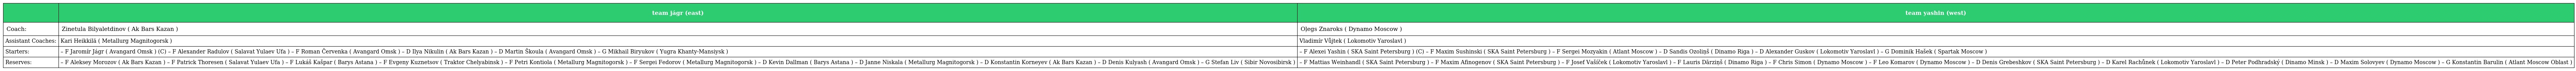
|  | team jágr (east) | team yashin (west) |
 | --- | --- | --- |
 | Coach: | Zinetula Bilyaletdinov ( Ak Bars Kazan ) | Oļegs Znaroks ( Dynamo Moscow ) |
 | Assistant Coaches: | Kari Heikkilä ( Metallurg Magnitogorsk ) | Vladimír Vůjtek ( Lokomotiv Yaroslavl ) |
 | Starters: | – F Jaromír Jágr ( Avangard Omsk ) (C) – F Alexander Radulov ( Salavat Yulaev Ufa ) – F Roman Červenka ( Avangard Omsk ) – D Ilya Nikulin ( Ak Bars Kazan ) – D Martin Škoula ( Avangard Omsk ) – G Mikhail Biryukov ( Yugra Khanty-Mansiysk ) | – F Alexei Yashin ( SKA Saint Petersburg ) (C) – F Maxim Sushinski ( SKA Saint Petersburg ) – F Sergei Mozyakin ( Atlant Moscow ) – D Sandis Ozoliņš ( Dinamo Riga ) – D Alexander Guskov ( Lokomotiv Yaroslavl ) – G Dominik Hašek ( Spartak Moscow ) |
 | Reserves: | – F Aleksey Morozov ( Ak Bars Kazan ) – F Patrick Thoresen ( Salavat Yulaev Ufa ) – F Lukáš Kašpar ( Barys Astana ) – F Evgeny Kuznetsov ( Traktor Chelyabinsk ) – F Petri Kontiola ( Metallurg Magnitogorsk ) – F Sergei Fedorov ( Metallurg Magnitogorsk ) – D Kevin Dallman ( Barys Astana ) – D Janne Niskala ( Metallurg Magnitogorsk ) – D Konstantin Korneyev ( Ak Bars Kazan ) – D Denis Kulyash ( Avangard Omsk ) – G Stefan Liv ( Sibir Novosibirsk ) | – F Mattias Weinhandl ( SKA Saint Petersburg ) – F Maxim Afinogenov ( SKA Saint Petersburg ) – F Josef Vašíček ( Lokomotiv Yaroslavl ) – F Lauris Dārziņš ( Dinamo Riga ) – F Chris Simon ( Dynamo Moscow ) – F Leo Komarov ( Dynamo Moscow ) – D Denis Grebeshkov ( SKA Saint Petersburg ) – D Karel Rachůnek ( Lokomotiv Yaroslavl ) – D Peter Podhradský ( Dinamo Minsk ) – D Maxim Solovyev ( Dynamo Moscow ) – G Konstantin Barulin ( Atlant Moscow Oblast ) |